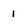
Character: 1